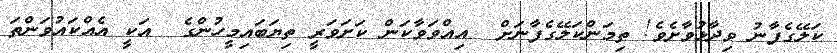
ކަލޭގެފާނު ވިދާޅުވާށެވެ! ތިމަންކަލޭގެފާނަށް  އިއްވަވާކަން ކަށަވަރީ ތިޔަބައިމީހުންގެ  އަކީ އެއްކައުވަންތަ